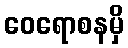
ဝေရောစနမှိ